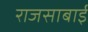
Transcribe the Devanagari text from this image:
राजसाबाई